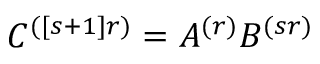
C ^ { ( [ s + 1 ] r ) } = A ^ { ( r ) } B ^ { ( s r ) }